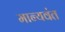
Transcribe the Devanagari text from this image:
मान्यवंत